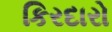
કિરદારો